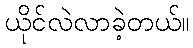
ယိုင်လဲလာခဲ့တယ်။